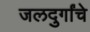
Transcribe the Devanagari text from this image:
जलदुर्गांचे